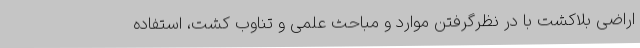
اراضی بلاکشت با در نظرگرفتن موارد و مباحث علمی و تناوب کشت، استفاده